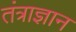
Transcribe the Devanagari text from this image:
तंत्राज्ञान